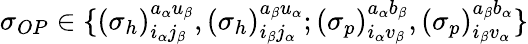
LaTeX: \begin{array}{r}{\sigma_{OP}\in\{ {(\sigma_{h})}_{i_{\alpha}j_{\beta}}^{a_{\alpha}u_{\beta}},{(\sigma_{h})}_{i_{\beta}j_{\alpha}}^{a_{\beta}u_{\alpha}};{(\sigma_{p})}_{i_{\alpha}v_{\beta}}^{a_{\alpha}b_{\beta}},{(\sigma_{p})}_{i_{\beta}v_{\alpha}}^{a_{\beta}b_{\alpha}}\} }\end{array}